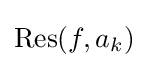
\operatorname {Res} (f,a_{k})